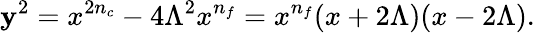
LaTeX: \mathbf{y}^{2}=x^{2n_{c}}-4\Lambda^{2}x^{n_{f}}=x^{n_{f}}(x+2\Lambda)(x-2\Lambda).